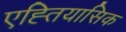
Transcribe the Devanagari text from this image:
एह्तियासिक